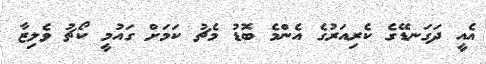
އެއީ ދަގަނޑޭގެ ކެރިއަރުގެ އެންމެ ބޮޑު މެޗު ކަމަށް ގައުމީ ކޯޗު ވެލިޒާ